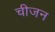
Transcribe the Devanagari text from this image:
चीजन